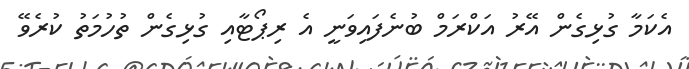
އެކަމާ ގުޅިގެން އޭރު އަކްރަމް ބުނެފައިވަނީ އެ ރިޕޯޓާއި ގުޅިގެން ތުހުމަތު ކުރެވޭ